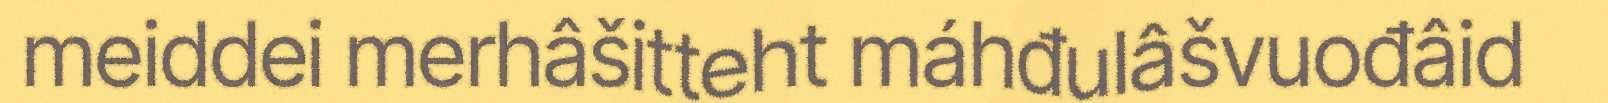
meiddei merhâšitteht máhđulâšvuođâid